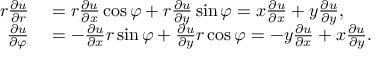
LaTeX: \begin{array} { r l } { r { \frac { \partial u } { \partial r } } } & { { } = r { \frac { \partial u } { \partial x } } \cos \varphi + r { \frac { \partial u } { \partial y } } \sin \varphi = x { \frac { \partial u } { \partial x } } + y { \frac { \partial u } { \partial y } } , } \\ { { \frac { \partial u } { \partial \varphi } } } & { { } = - { \frac { \partial u } { \partial x } } r \sin \varphi + { \frac { \partial u } { \partial y } } r \cos \varphi = - y { \frac { \partial u } { \partial x } } + x { \frac { \partial u } { \partial y } } . } \end{array}